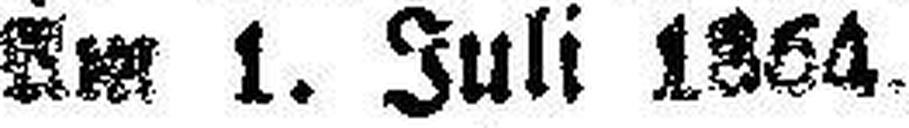
Am 1. Juli 1864.